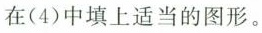
在(4)中填上适当的图形。